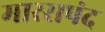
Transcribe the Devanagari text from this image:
मारसपंद